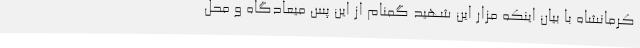
کرمانشاه با بیان اینکه مزار این شهید گمنام از این پس میعادگاه و محل